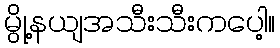
မွို့နယျအသီးသီးကပေါ့။